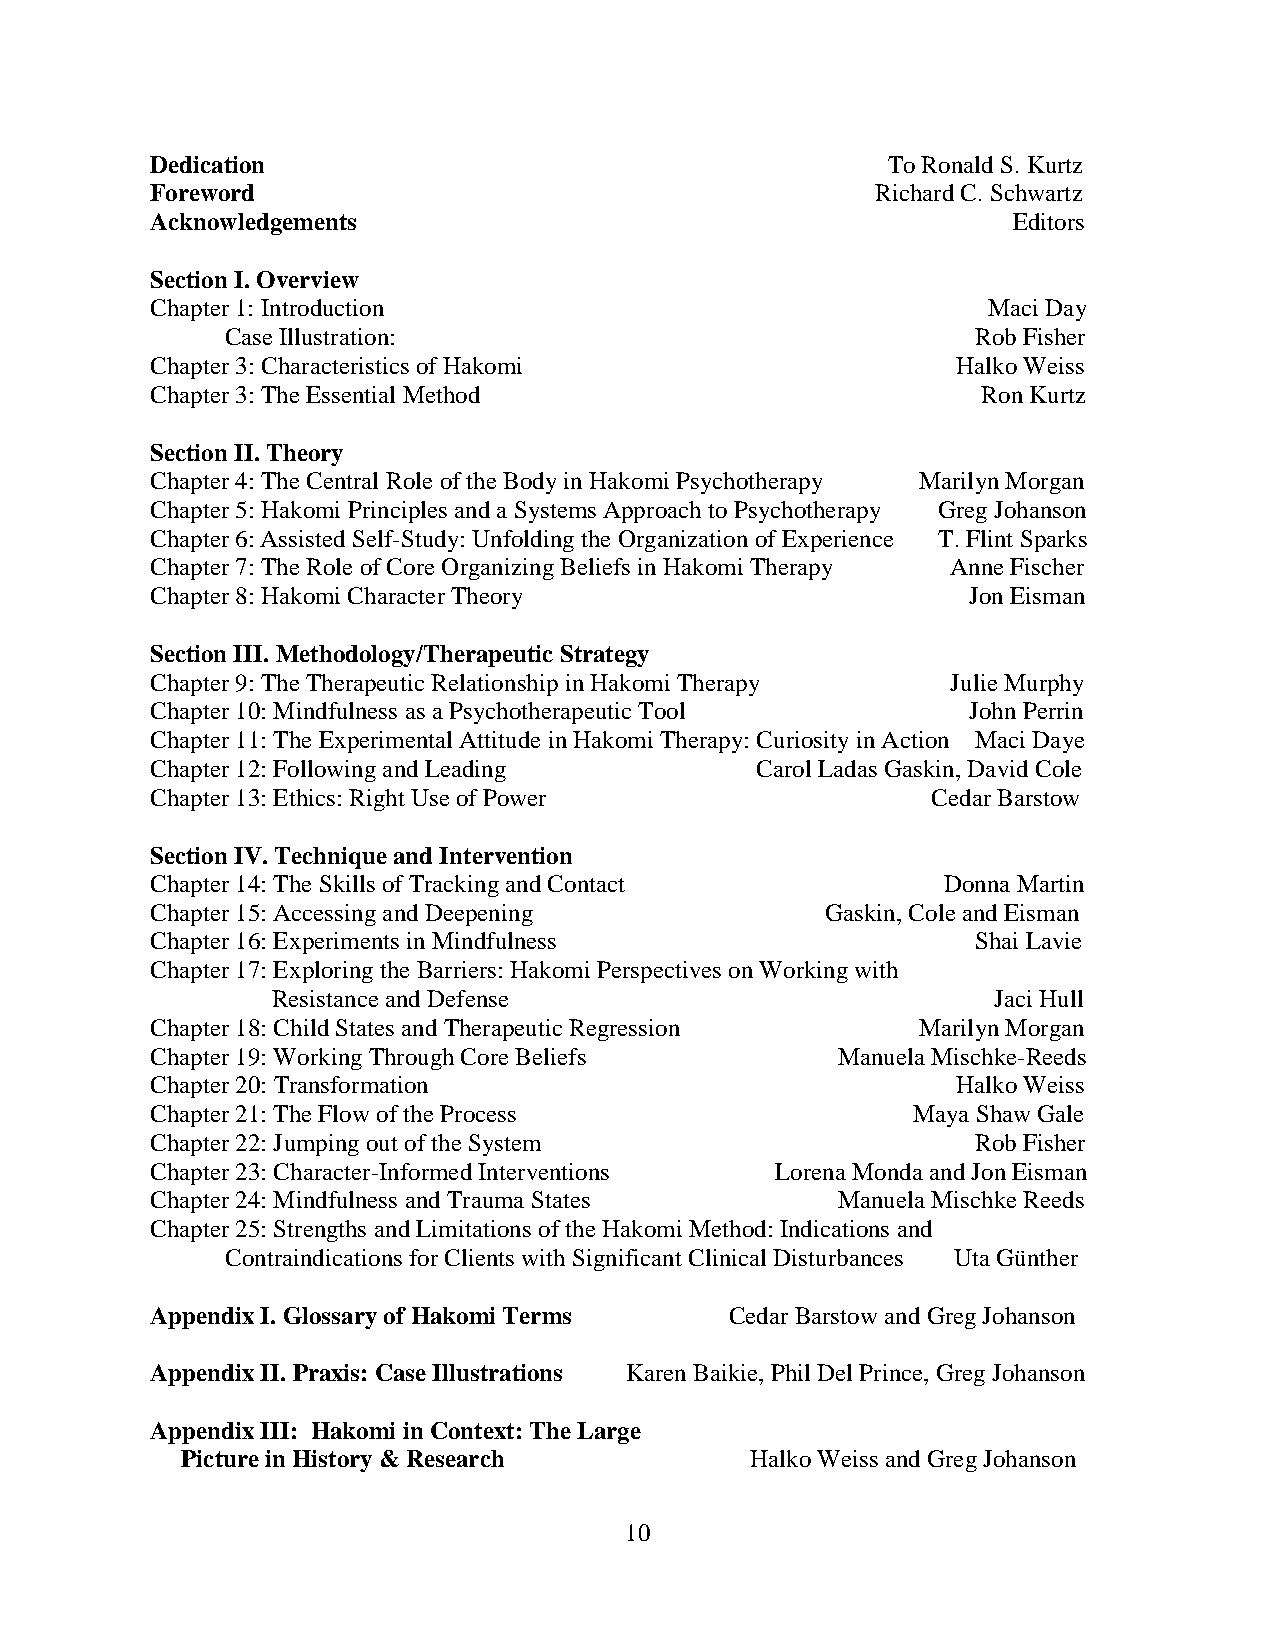
Dedication                                       To Ronald S. Kurtz
 Foreword                                        Richard C. Schwartz
 Acknowledgements                                         Editors
 Section I. Overview
 Chapter 1: Introduction                                Maci Day
 Case Illustration:                                Rob Fisher
 Chapter 3: Characteristics of Hakomi                 Halko Weiss
 Chapter 3: The Essential Method                        Ron Kurtz
 Section II. Theory
 Chapter 4: The Central Role of the Body in Hakomi Psychotherapy Marilyn Morgan
 Chapter 5: Hakomi Principles and a Systems Approach to Psychotherapy Greg Johanson
 Chapter 6: Assisted Self-Study: Unfolding the Organization of Experience T. Flint Sparks
 Chapter 7: The Role of Core Organizing Beliefs in Hakomi Therapy Anne Fischer
 Chapter 8: Hakomi Character Theory                    Jon Eisman
 Section III. Methodology/Therapeutic Strategy
 Chapter 9: The Therapeutic Relationship in Hakomi Therapy Julie Murphy
 Chapter 10: Mindfulness as a Psychotherapeutic Tool   John Perrin
 Chapter 11: The Experimental Attitude in Hakomi Therapy: Curiosity in Action Maci Daye
 Chapter 12: Following and Leading       Carol Ladas Gaskin, David Cole
 Chapter 13: Ethics: Right Use of Power              Cedar Barstow
 Section IV. Technique and Intervention
 Chapter 14: The Skills of Tracking and Contact      Donna Martin
 Chapter 15: Accessing and Deepening          Gaskin, Cole and Eisman
 Chapter 16: Experiments in Mindfulness                 Shai Lavie
 Chapter 17: Exploring the Barriers: Hakomi Perspectives on Working with
 Resistance and Defense                          Jaci Hull
 Chapter 18: Child States and Therapeutic Regression Marilyn Morgan
 Chapter 19: Working Through Core Beliefs     Manuela Mischke-Reeds
 Chapter 20: Transformation                           Halko Weiss
 Chapter 21: The Flow of the Process               Maya Shaw Gale
 Chapter 22: Jumping out of the System                  Rob Fisher
 Chapter 23: Character-Informed Interventions Lorena Monda and Jon Eisman
 Chapter 24: Mindfulness and Trauma States    Manuela Mischke Reeds
 Chapter 25: Strengths and Limitations of the Hakomi Method: Indications and
 Contraindications for Clients with Significant Clinical Disturbances Uta Günther
 Appendix I. Glossary of Hakomi Terms  Cedar Barstow and Greg Johanson
 Appendix II. Praxis: Case Illustrations Karen Baikie, Phil Del Prince, Greg Johanson
 Appendix III: Hakomi in Context: The Large
 Picture in History & Research         Halko Weiss and Greg Johanson
 10